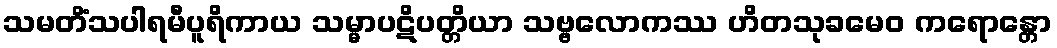
သမတိံသပါရမီပူရိကာယ သမ္မာပဋိပတ္တိယာ သဗ္ဗလောကဿ ဟိတသုခမေဝ ကရောန္တော